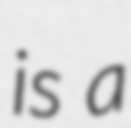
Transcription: is a